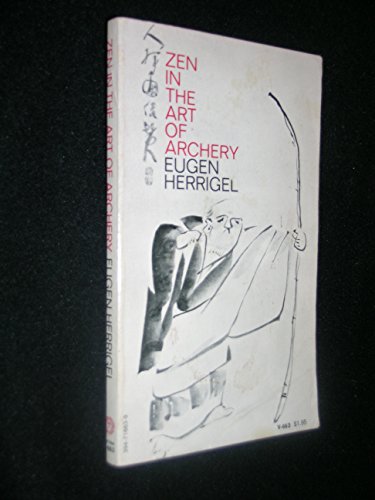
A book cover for Zen in the Art of Archery; Eugen Herrigel; Sports & Outdoors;